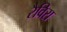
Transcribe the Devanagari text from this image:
रैविरा